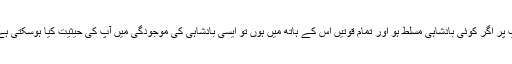
آپ پر اگر کوئی بادشاہی مسلط ہو اور تمام قوتیں اس کے ہاتھ میں ہوں تو ایسی بادشاہی کی موجودگی میں آپ کی حیثیت کیا ہوسکتی ہے؟